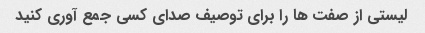
لیستی از صفت ها را برای توصیف صدای کسی جمع آوری کنید